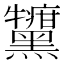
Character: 𪒷